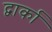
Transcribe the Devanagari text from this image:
द्वार्का